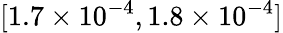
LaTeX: [1.7\times 10^{-4},1.8\times 10^{-4}]